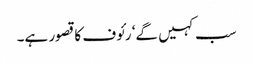
سب کہیں گے‘ رئوف کا قصور ہے۔